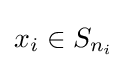
x_{i}\in S_{n_{i}}